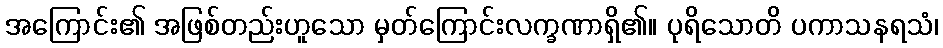
အကြောင်း၏ အဖြစ်တည်းဟူသော မှတ်ကြောင်းလက္ခဏာရှိ၏။ ပုရိသောတိ ပကာသနရသံ၊